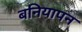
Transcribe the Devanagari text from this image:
बनियापन